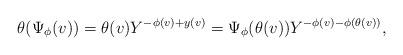
LaTeX: \begin{align*} \theta(\Psi_\phi(v)) = \theta(v)Y^{-\phi(v)+y(v)} = \Psi_\phi(\theta(v)) Y^{-\phi(v) - \phi(\theta(v))}, \end{align*}